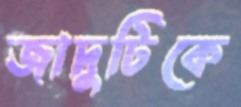
জাদুটিকে